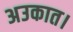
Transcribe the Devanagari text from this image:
अउकात।